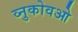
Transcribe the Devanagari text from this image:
व्नुकोवओ